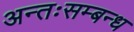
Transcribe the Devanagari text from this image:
अन्तःसम्बन्ध